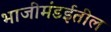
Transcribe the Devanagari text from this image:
भाजीमंडईतील